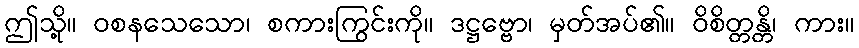
ဤသို့။ ဝစနသေသော၊ စကားကြွင်းကို။ ဒဋ္ဌဗ္ဗော၊ မှတ်အပ်၏။ ဝိစိတ္တန္တိ၊ ကား။